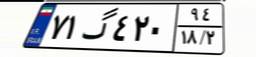
۷۱گ۴۲۰۹۴